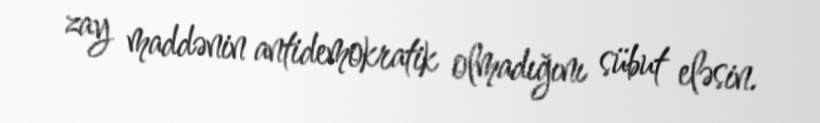
zay maddənin antidemokratik olmadığını sübut eləsin.